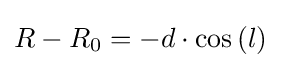
R-R_{0}=-d\cdot \cos \left(l\right)